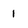
Character: 1